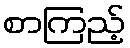
စာကြည့်